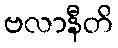
ဗလာနီတိ